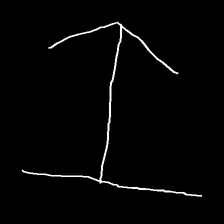
Glyph: levitation